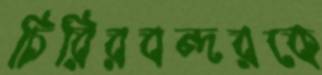
চিরিরবন্দরকে